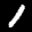
Label: 1